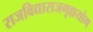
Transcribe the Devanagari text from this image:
राजविद्याराजगृह्ययोग